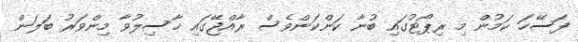
ފަސޭހަ ކަމުން މި ރިޕޯޓުގައި ބުނާ ކަންކަންވެސް ރާއްޖޭގައި ހާސިލުވާ މިންވަރު ބަލަން